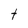
Character: t